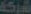
شركة